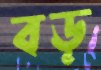
বড়